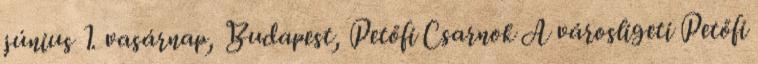
június 1. vasárnap, Budapest, Petőfi Csarnok A városligeti Petőfi